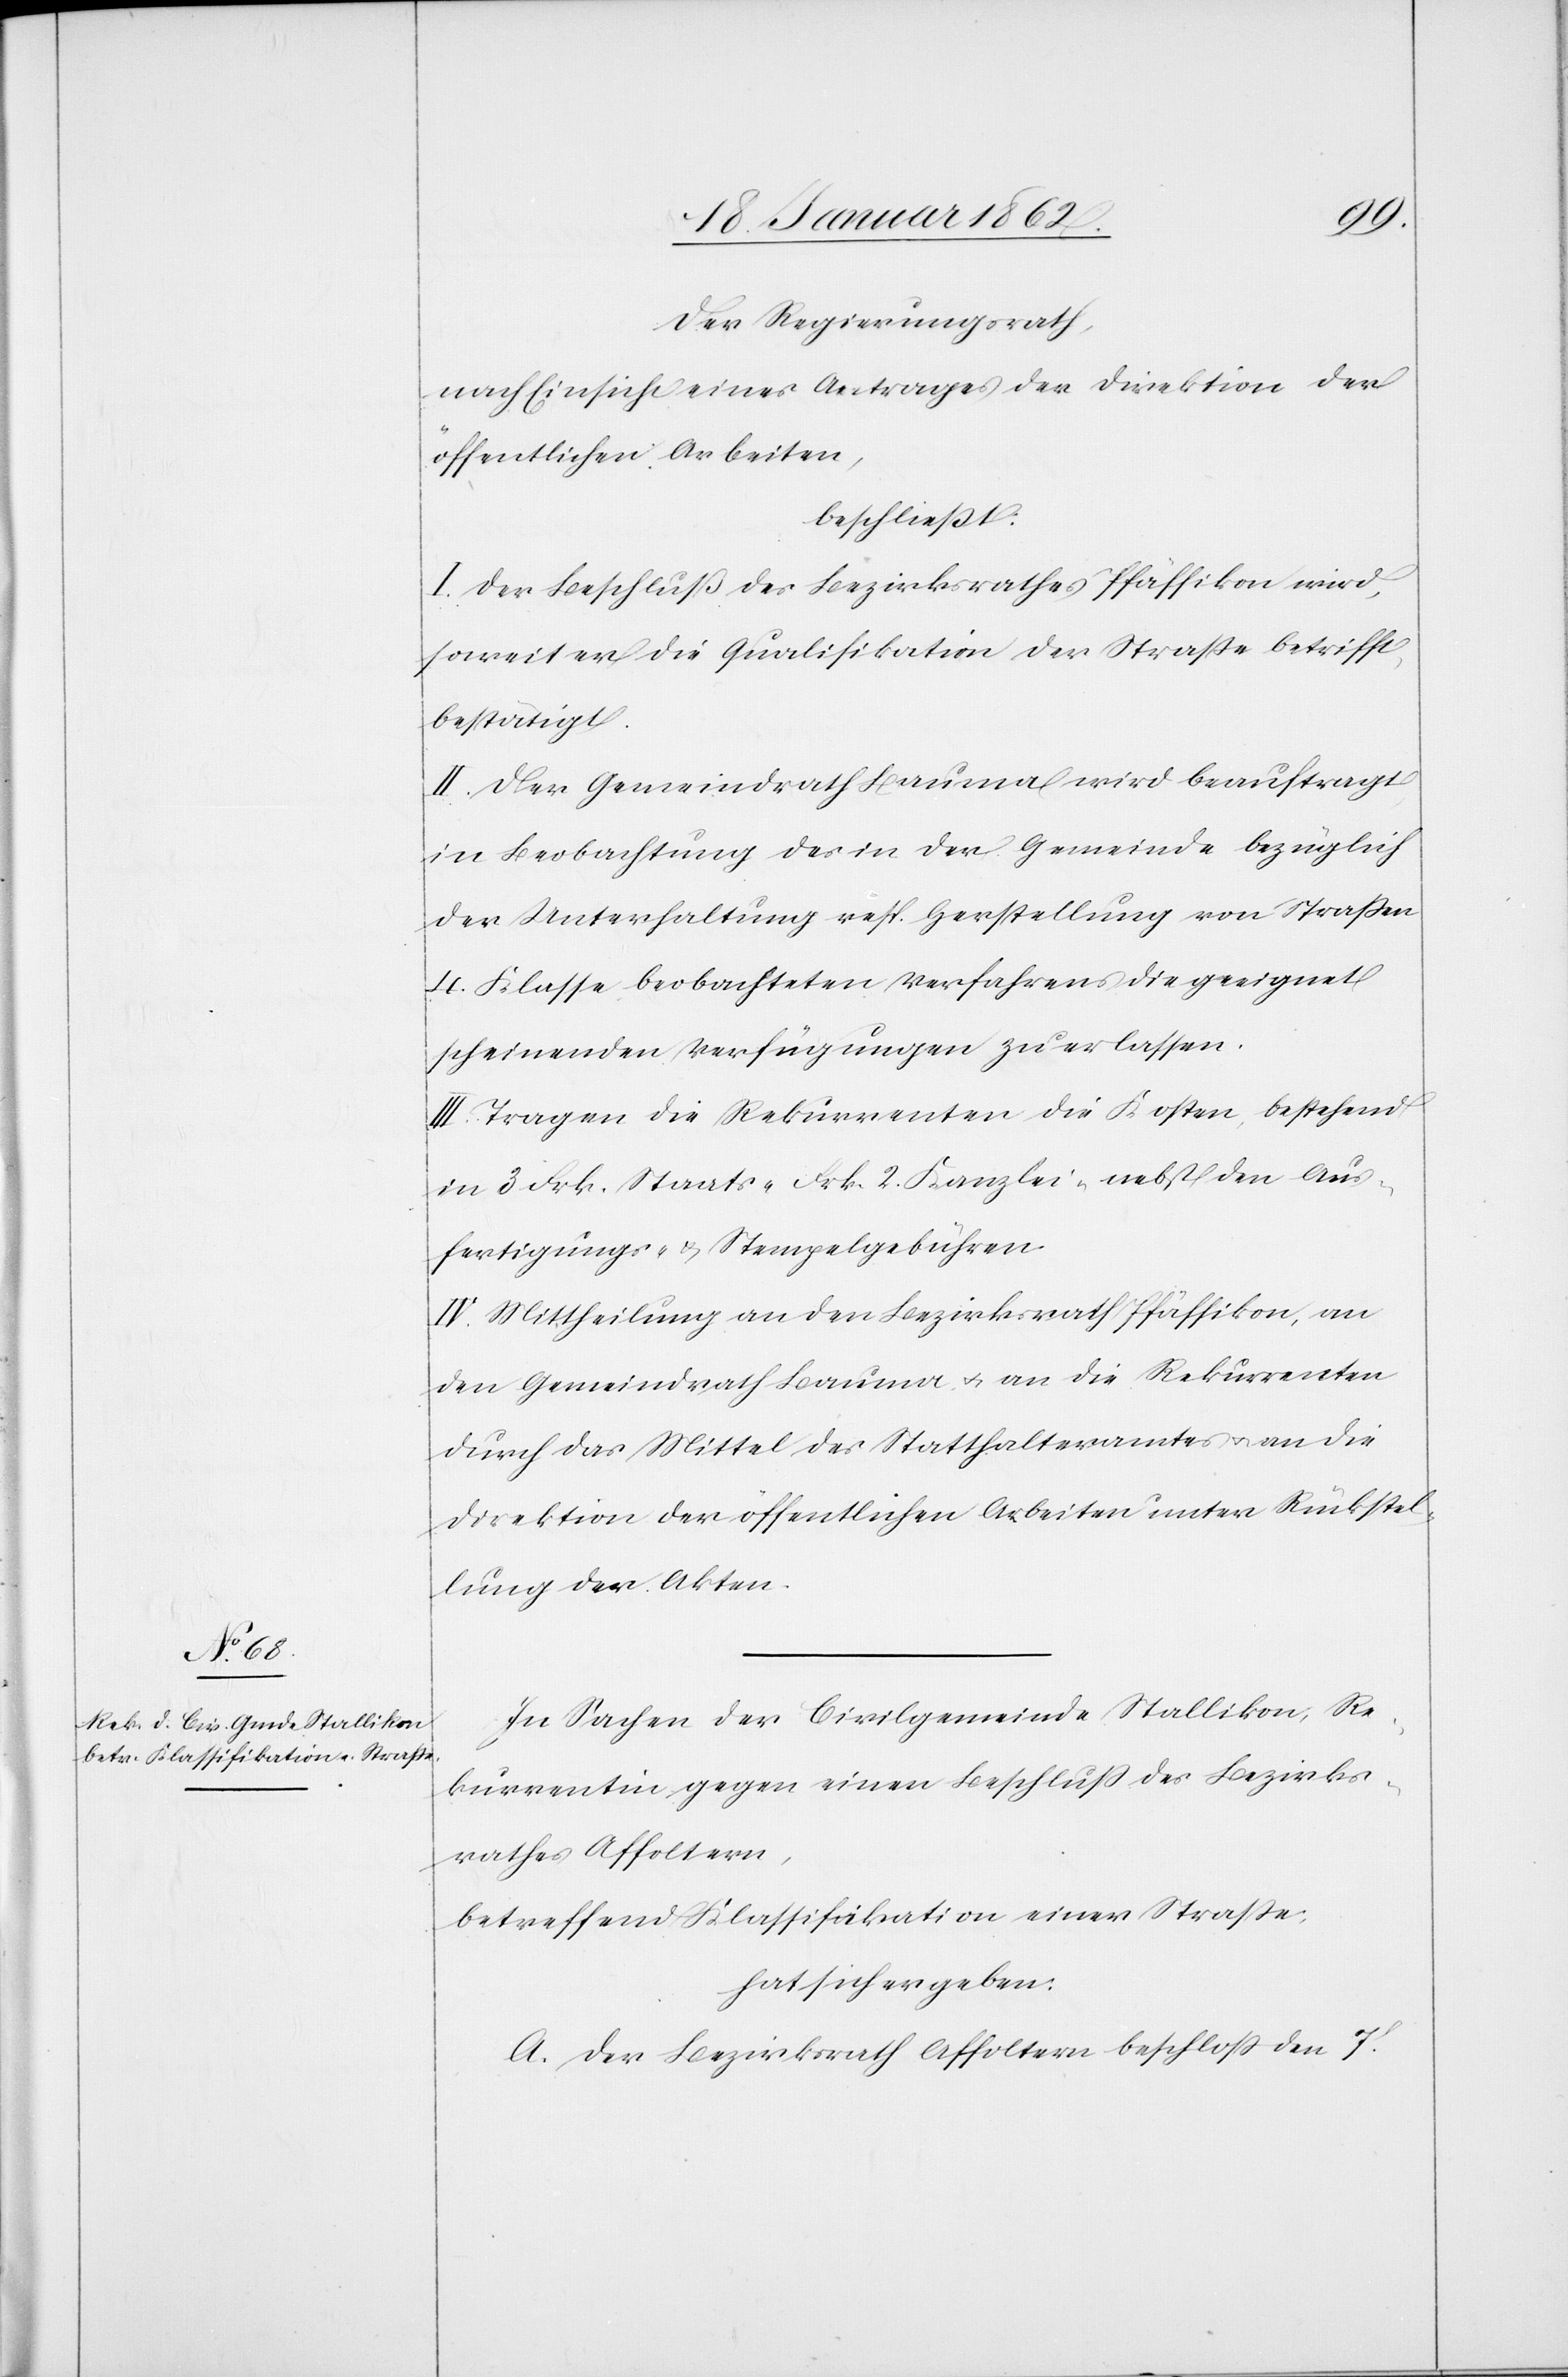
Der Regierungsrath,
nach Einsicht eines Antrages der Direktion der
öffentlichen Arbeiten,
beschließt:
I. Der Beschluß des Bezirksrathes Pfäffikon wird,
soweit er die Qualifikation der Straße betrifft,
bestätigt.
II. Der Gemeindrath Bauma wird beauftragt,
in Beobachtung des in der Gemeinde bezüglich
der Unterhaltung resp. Herstellung von Straßen
4. Klasse beobachteten Verfahrens die geeignet
scheinenden Verfügungen zu erlassen.
III. Tragen die Rekurrenten die Kosten, bestehend
in 3 Frk. Staats- Frk. 2. Kanzlei- nebst den Aus¬
fertigungs- u. Stempelgebühren.
IV. Mittheilung an den Bezirksrath Pfäffikon, an
den Gemeindrath Bauma u. an die Rekurrenten
durch das Mittel des Statthalteramtes u. an die
Direktion der öffentlichen Arbeiten unter Rückstel¬
lung der Akten.
In Sachen der Civilgemeinde Stallikon, Re¬
kurrentin gegen einen Beschluß des Bezirks¬
rathes Affoltern,
betreffend Klassifikation einer Straße,
hat sich ergeben:
A. Der Bezirksrath Affoltern beschloß den 7t.